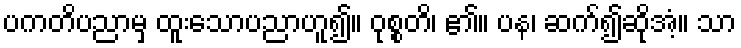
ပကတိပညာမှ ထူးသောပညာဟူ၍။ ဝုစ္စတိ၊ ၏။ ပန၊ ဆက်၍ဆိုအံ့။ သာ